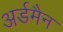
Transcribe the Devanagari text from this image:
अर्डमैन